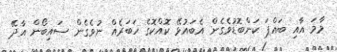
މާމަ އާއި ބައްޕަ ކަންބޮޑުވެގެން އެބައުޅޭ ކޮއްކޮގެ ހަބަރެއް ނުވެގެން ސައިބޯން އާދޭ